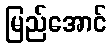
မြည်အောင်